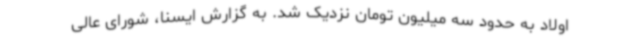
اولاد به حدود سه میلیون تومان نزدیک شد. به گزارش ایسنا، شورای عالی